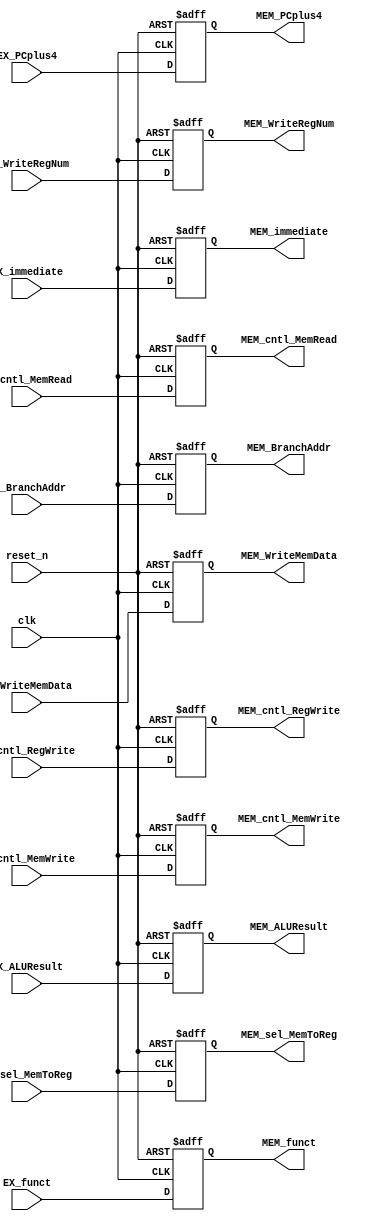
`timescale 1ns / 1ps
//////////////////////////////////////////////////////////////////////////////////
// Company: 
// Engineer: 
// 
// Design Name: 
// Module Name: EX_MEM
// Project Name: 
// Target Devices: 
// Tool Versions: 
// Description: 
// 
// Dependencies: 
// 
// Revision:
// Revision 0.01 - File Created
// Additional Comments:
// 
//////////////////////////////////////////////////////////////////////////////////


module EX_MEM(
	input clk, 
	input reset_n,
	input [19:0] EX_PCplus4,
	input [19:0] EX_BranchAddr,
	input [31:0] EX_immediate,
	input EX_cntl_MemWrite,
    input EX_cntl_RegWrite,
    input EX_cntl_MemRead,
    input [2:0] EX_sel_MemToReg,      	//000: ALUResult, 001: DMemReadData_width, 010: immediate, 011: branchAddr, 100: PC + 4
    input [2:0] EX_funct,
    input [31:0] EX_ALUResult,
    input [4:0] EX_WriteRegNum,
    input [31:0] EX_WriteMemData,
    output reg [19:0] MEM_PCplus4,
	output reg [19:0] MEM_BranchAddr,
	output reg [31:0] MEM_immediate,
    output reg MEM_cntl_MemWrite,
    output reg MEM_cntl_RegWrite,
    output reg MEM_cntl_MemRead,
    output reg [2:0] MEM_sel_MemToReg,      	//000: ALUResult, 001: DMemReadData_width, 010: immediate, 011: branchAddr, 100: PC + 4
    output reg [2:0] MEM_funct,
    output reg [31:0] MEM_ALUResult,
    output reg [4:0] MEM_WriteRegNum,
    output reg [31:0] MEM_WriteMemData
    );
    
    always @ (posedge clk or negedge reset_n) begin
    	if (!reset_n) begin
    		MEM_PCplus4 <= 0;
    		MEM_BranchAddr <= 0;
    		MEM_immediate <= 0;
    		MEM_cntl_MemWrite <= 0;
    		MEM_cntl_RegWrite <= 0;
    		MEM_cntl_MemRead <= 0;
    		MEM_sel_MemToReg <= 0;
    		MEM_funct <= 0;
    		MEM_ALUResult <= 0;
    		MEM_WriteRegNum <= 0;
    		MEM_WriteMemData <= 0;
    	end
    	else begin
    		MEM_PCplus4 <= EX_PCplus4;
    		MEM_BranchAddr <= EX_BranchAddr;
			MEM_immediate <= EX_immediate;
    		MEM_cntl_MemWrite <= EX_cntl_MemWrite;
    		MEM_cntl_RegWrite <= EX_cntl_RegWrite;
    		MEM_cntl_MemRead <= EX_cntl_MemRead;
    		MEM_sel_MemToReg <= EX_sel_MemToReg;
    		MEM_funct <= EX_funct;
    		MEM_ALUResult <= EX_ALUResult;
    		MEM_WriteRegNum <= EX_WriteRegNum;
    		MEM_WriteMemData <= EX_WriteMemData;
    	end
    end
    
endmodule